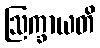
ဩက္ခာယတိ